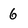
Character: 6